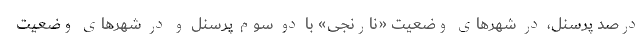
درصد پرسنل، در شهرهای وضعیت «نارنجی» با دو سوم پرسنل و در شهرهای وضعیت